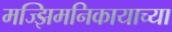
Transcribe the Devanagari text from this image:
मज्झिमनिकायाच्या